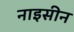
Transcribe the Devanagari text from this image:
नाइसीन